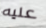
عليه